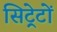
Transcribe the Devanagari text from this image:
सिट्रेटों